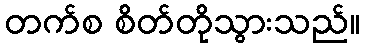
တက်စ စိတ်တိုသွားသည်။